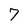
Character: 7